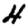
Digit: 4